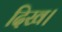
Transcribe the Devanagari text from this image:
दिख।